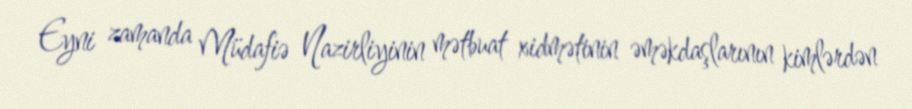
Eyni zamanda Müdafiə Nazirliyinin mətbuat xidmətinin əməkdaşlarının kimlərdən